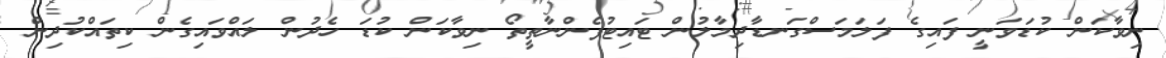
ނިވާކަން ކުޑަވަނީ ފައިގެ ފަލަމަސްގަނޑާދިމާލުން ޓައިޓުފެންނާތީތޯ ނިވާކަން ކުޑަ ހެދުން ލައްވައިގެން ކިތައްކުދިން